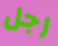
رجل